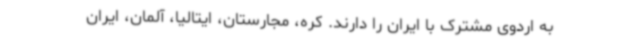
به اردوی مشترک با ایران را دارند. کره، مجارستان، ایتالیا، آلمان، ایران